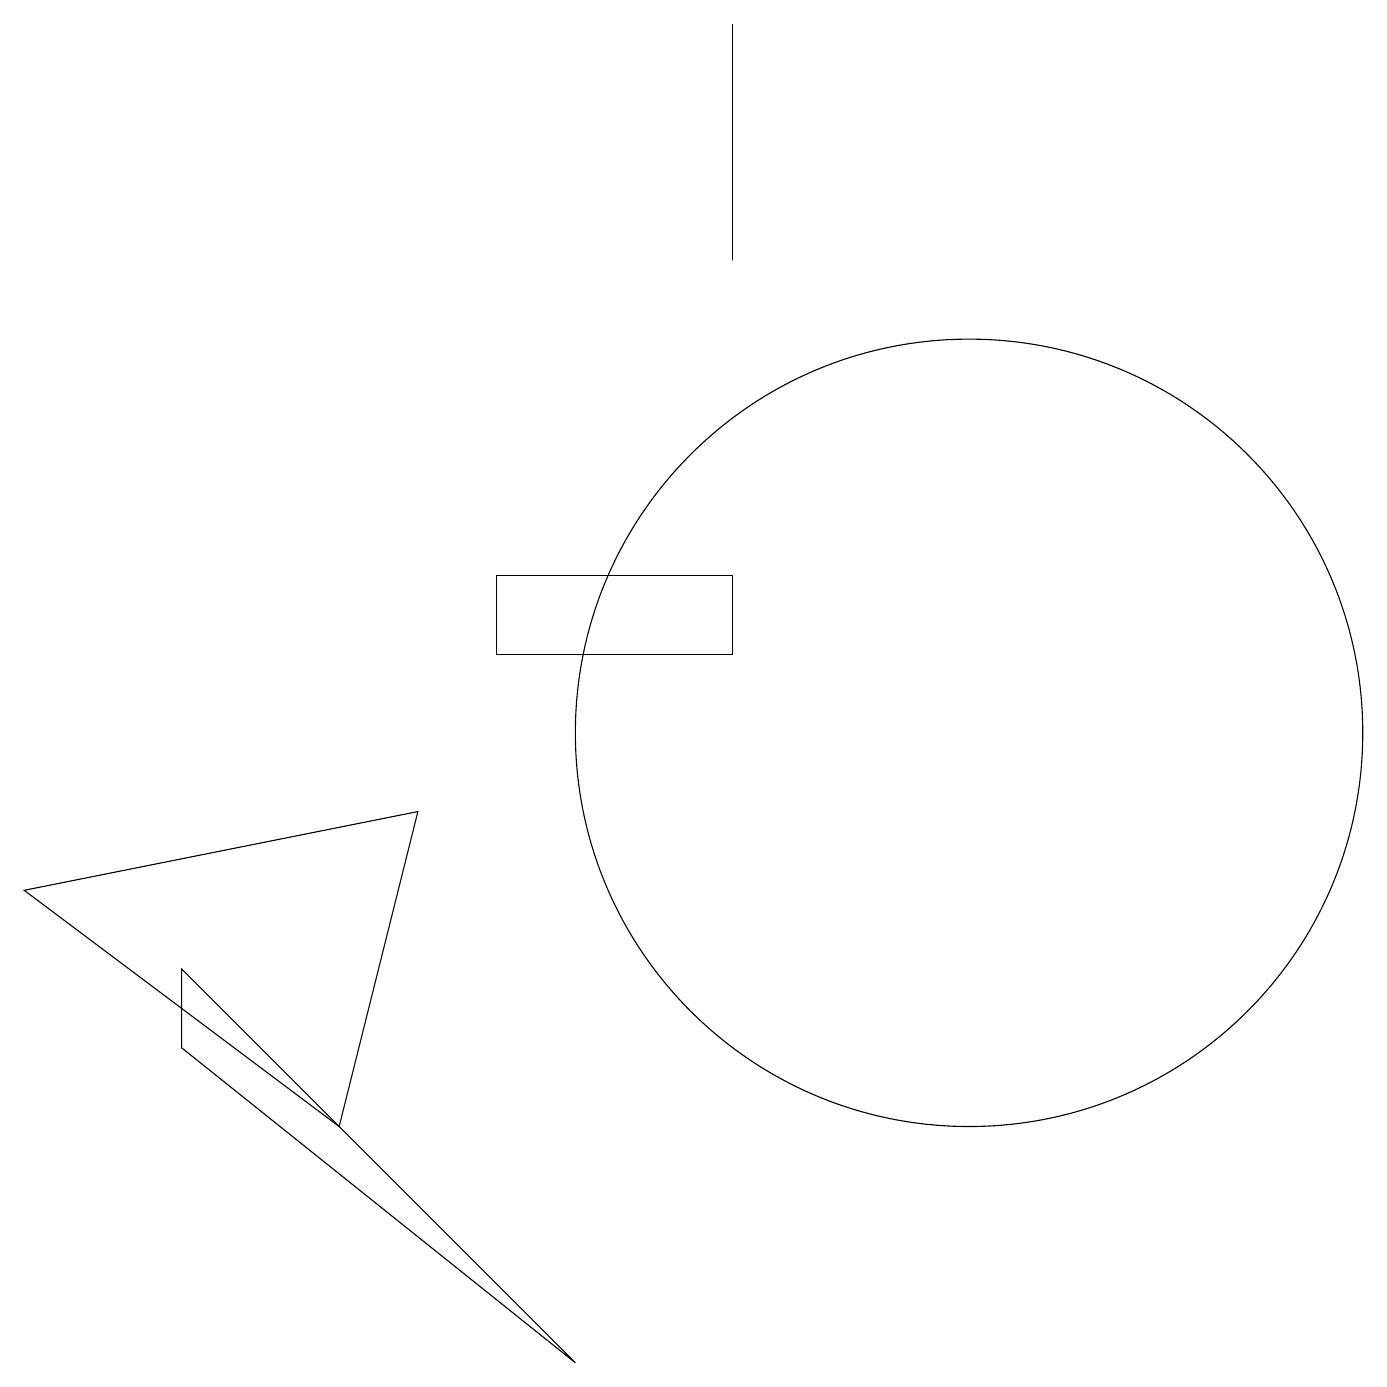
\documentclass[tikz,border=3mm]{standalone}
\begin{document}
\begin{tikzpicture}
\draw (12,10) circle (5);
\draw (2,6) -- (2,7) -- (7,2) -- cycle;
\draw (4,5) -- (0,8) -- (5,9) -- cycle;
\draw (9,16) rectangle (9,19);
\draw (6,11) rectangle (9,12);
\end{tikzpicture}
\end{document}